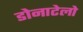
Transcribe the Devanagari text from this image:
डोनाटेलो